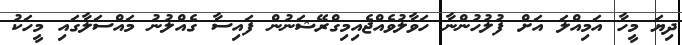
ދިޔަ މީހާ އަމިއްލަ އަށް ފުލުހުންނާ ހަވާލުވެއްޖެއިމިގްރޭޝަނުން ފައިސާ ގެއްލުނު މައްސަލާގައި މީހަކު